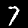
Digit: 7